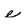
Character: e